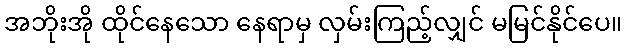
အဘိုးအို ထိုင်နေသော နေရာမှ လှမ်းကြည့်လျှင် မမြင်နိုင်ပေ။